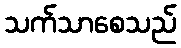
သက်သာစေသည်